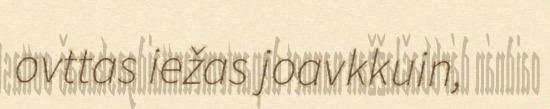
ovttas iežas joavkkuin,